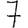
Digit: 7